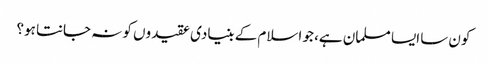
کون سا ایسا مسلمان ہے، جو اسلام کے بنیادی عقیدوں کو نہ جانتا ہو؟